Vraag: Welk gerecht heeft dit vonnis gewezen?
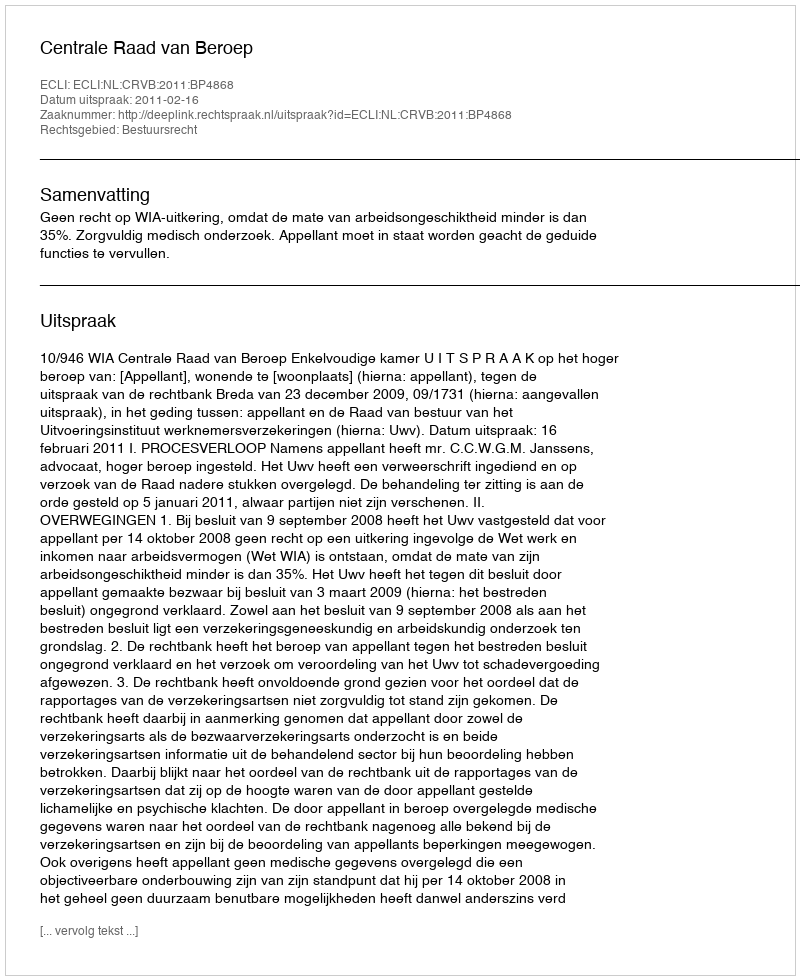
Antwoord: Centrale Raad van Beroep